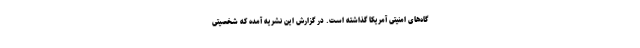
گاه‌های امنیتی آمریکا گذاشته است. در گزارش این نشریه آمده که شخصیتی